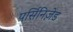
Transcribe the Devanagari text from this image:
पर्सिनिज़ेड